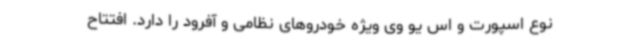
نوع اسپورت و اس‌ یو وی ویژه خودروهای نظامی و آفرود را دارد. افتتاح